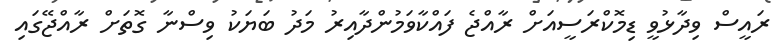
ރައީސް ވިދާޅުވީ ޑިމޮކްރަސީއަށް ރާއްޖެ ފައްކާވަމުންދާއިރު މަދު ބަޔަކު ވިސްނާ ގޮތަށް ރާއްޖޭގައި